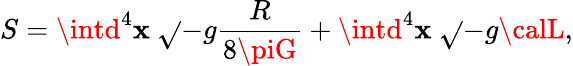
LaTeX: S=\intd^{4}\mathbf{x}\ \sqrt{}{{-g}}{\frac{{R}}{{8\piG}}}+\intd^{4}\mathbf{x}\ \sqrt{}{{-g}}{\calL},